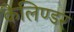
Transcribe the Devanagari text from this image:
कैलिण्डर